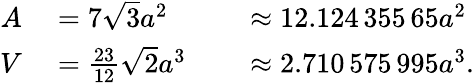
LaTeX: \begin{array}{rlrl}{A}&{{}=7{\sqrt{3}}a^{2}}&{}&{{}\approx 12.124\, 355\, 65a^{2}}\\ {V}&{{}={\frac{23}{12}}{\sqrt{2}}a^{3}}&{}&{{}\approx 2.710\, 575\, 995a^{3}.}\end{array}